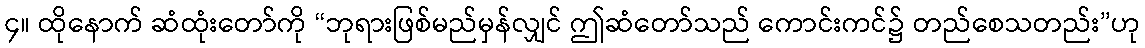
၄။ ထိုနောက် ဆံထုံးတော်ကို “ဘုရားဖြစ်မည်မှန်လျှင် ဤဆံတော်သည် ကောင်းကင်၌ တည်စေသတည်း”ဟု